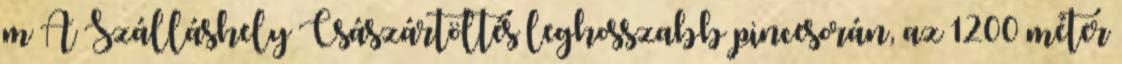
m A Szálláshely Császártöltés leghosszabb pincesorán, az 1200 méter